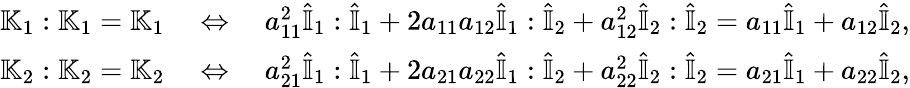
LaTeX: \begin{array}{r}{\mathbb{K}_{1}:\mathbb{K}_{1}=\mathbb{K}_{1}\quad\Leftrightarrow\quad a_{11}^{2}\hat{\mathbb{I}}_{1}:\hat{\mathbb{I}}_{1}+2a_{11}a_{12}\hat{\mathbb{I}}_{1}:\hat{\mathbb{I}}_{2}+a_{12}^{2}\hat{\mathbb{I}}_{2}:\hat{\mathbb{I}}_{2}=a_{11}\hat{\mathbb{I}}_{1}+a_{12}\hat{\mathbb{I}}_{2},}\\ {\mathbb{K}_{2}:\mathbb{K}_{2}=\mathbb{K}_{2}\quad\Leftrightarrow\quad a_{21}^{2}\hat{\mathbb{I}}_{1}:\hat{\mathbb{I}}_{1}+2a_{21}a_{22}\hat{\mathbb{I}}_{1}:\hat{\mathbb{I}}_{2}+a_{22}^{2}\hat{\mathbb{I}}_{2}:\hat{\mathbb{I}}_{2}=a_{21}\hat{\mathbb{I}}_{1}+a_{22}\hat{\mathbb{I}}_{2},}\end{array}